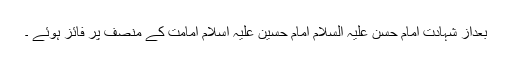
بعداز شہادت امام حسن علیہ السلام امام حسین علیہ اسلام امامت کے منصف پر فائز ہوئے ۔